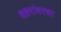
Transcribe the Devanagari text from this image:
शहरांवरचा